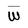
Character: W